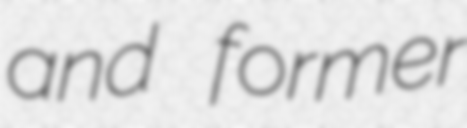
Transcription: and former